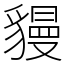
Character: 䝢